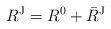
LaTeX: \begin{align*}R^{\rm J}=R^0+\bar{R}^\mathrm{J}\end{align*}